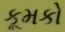
કૂમકો